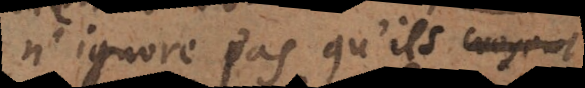
n’ignore pas qu’ils croyent